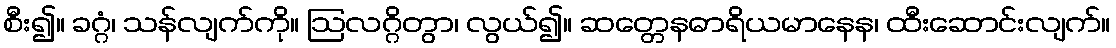
စီး၍။ ခဂ္ဂံ၊ သန်လျက်ကို။ ဩလဂ္ဂိတွာ၊ လွယ်၍။ ဆတ္တေနဓာရိယမာနေန၊ ထီးဆောင်းလျက်။